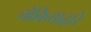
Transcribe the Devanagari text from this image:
नोकियाद्वारे